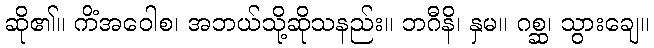
ဆို၏။ ကိံအဝေါစ၊ အဘယ်သို့ဆိုသနည်း။ ဘဂီနိ၊ နှမ။ ဂစ္ဆ၊ သွားချေ။